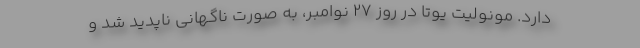
دارد. مونولیت یوتا در روز ۲۷ نوامبر، به صورت ناگهانی ناپدید شد و